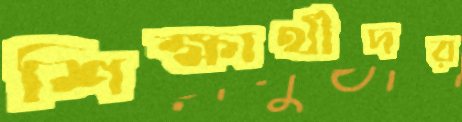
শিক্ষার্থীদর